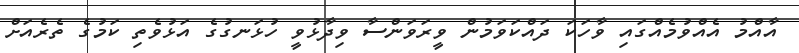
އާއްމު އެއްވުމެއްގައި ވާހަކަ ދައްކަވަމުން ވީރަވަންސާ ވިދާޅުވީ ހުޅަނގުގެ އަޅުވެތި ކަމުގެ ތެރެއަށް